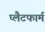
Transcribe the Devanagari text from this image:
प्‍लैटफार्म